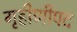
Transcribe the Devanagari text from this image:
गृहीणीपद